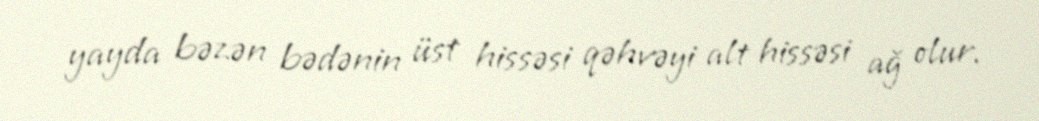
yayda bəzən bədənin üst hissəsi qəhvəyi alt hissəsi ağ olur.